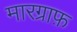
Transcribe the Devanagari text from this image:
मारग्राफ़